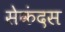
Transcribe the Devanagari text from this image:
सेकंदस